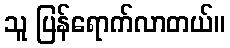
သူ ပြန်ရောက်လာတယ်။